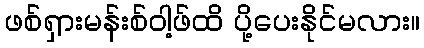
ဖစ်ရှားမန်းစ်ဝါ့ဖ်ထိ ပို့ပေးနိုင်မလား။